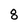
Character: 8